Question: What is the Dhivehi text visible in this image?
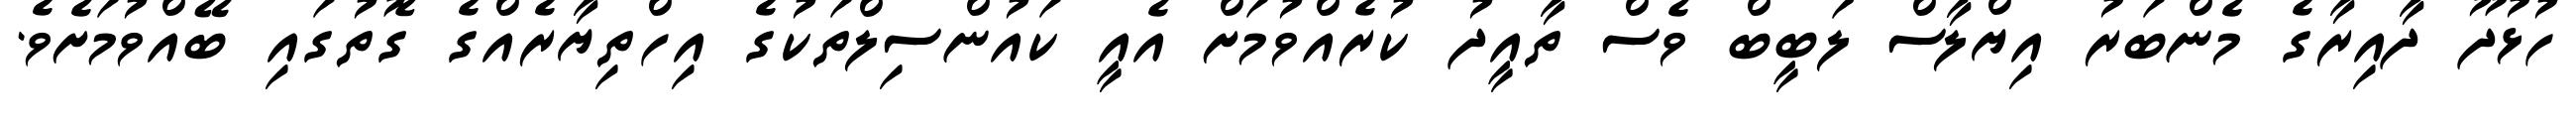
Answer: ހުޅުދޫ ދާއިރާގެ މެންބަރު އިޔްލާސް ލަބީބް ވެސް ތާއީދު ކުރެއްވުމަށް އެއީ ކައުންސިލްތަކުގެ އިހްތިޔާރެއްގެ ގޮތުގައި ބޭއްވުމަށެވެ.